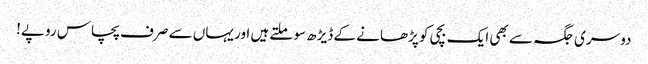
دوسری جگہ سے بھی ایک بچی کو پڑھانے کے ڈیڑھ سو ملتے ہیں اور یہاں سے صرف پچاس روپے!